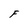
Character: F